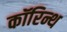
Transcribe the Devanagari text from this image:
कॉरिन्थ